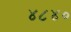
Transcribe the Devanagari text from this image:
४८४०